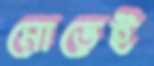
মোড়েই